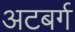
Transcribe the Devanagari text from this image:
अटबर्ग